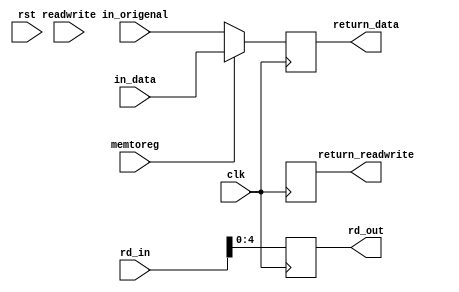
module WriteBack #(
    parameter BW = 32
)(
    input   wire                clk, rst,
    input   wire                memtoreg,
    input   wire                readwrite,
    input   wire    [BW - 1:0]  in_data,
    input   wire    [BW - 1:0]  in_origenal,
    input   wire    [BW - 1:0]  rd_in,

    output  reg                 return_readwrite,
    output  reg     [BW - 1:0]  return_data,
    output  reg     [4:0]       rd_out
);

    always @ (posedge clk)
    begin
        return_readwrite <= readwirte;
        rd_out           <= rd_in;
    end

    always @ (posedge clk)
    begin
        if (memtoreg)
        begin
            return_data <= in_data;
        end

        else
        begin
            return_data <= in_origenal;
        end
    end

endmodule